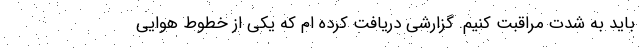
باید به شدت مراقبت کنیم. گزارشی دریافت کرده ام که یکی از خطوط هوایی